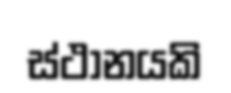
ස්ථානයකි